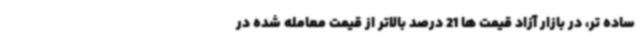
ساده تر، در بازار آزاد قیمت ها 21 درصد بالاتر از قیمت معامله شده در